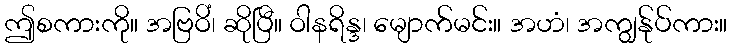
ဤစကားကို။ အဗြဝိံ၊ ဆိုပြီ။ ဝါနရိန္ဒ၊ မျောက်မင်း။ အဟံ၊ အကျွန်ုပ်ကား။